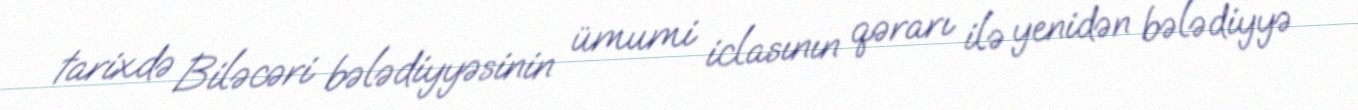
tarixdə Biləcəri bələdiyyəsinin ümumi iclasının qərarı ilə yenidən bələdiyyə